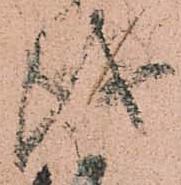
儀